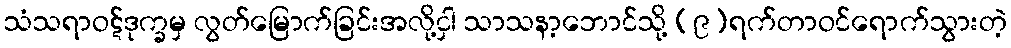
သံသရာဝဋ်ဒုက္ခမှ လွတ်မြောက်ခြင်းအလို့ငှါ သာသနာ့ဘောင်သို့ (၉)ရက်တာဝင်ရောက်သွားတဲ့